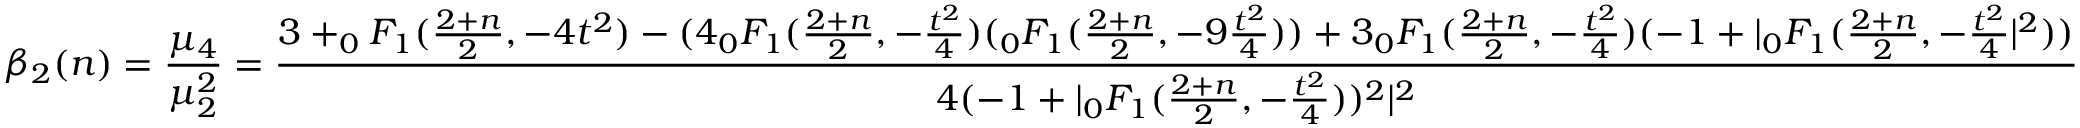
\beta _ { 2 } ( n ) = { \frac { \mu _ { 4 } } { \mu _ { 2 } ^ { 2 } } } = { \frac { 3 + _ { 0 } F _ { 1 } ( { \frac { 2 + n } { 2 } } , - 4 t ^ { 2 } ) - ( 4 _ { 0 } F _ { 1 } ( { \frac { 2 + n } { 2 } } , - { \frac { t ^ { 2 } } { 4 } } ) ( _ { 0 } F _ { 1 } ( { \frac { 2 + n } { 2 } } , - 9 { \frac { t ^ { 2 } } { 4 } } ) ) + 3 _ { 0 } F _ { 1 } ( { \frac { 2 + n } { 2 } } , - { \frac { t ^ { 2 } } { 4 } } ) ( - 1 + | _ { 0 } F _ { 1 } ( { \frac { 2 + n } { 2 } } , - { \frac { t ^ { 2 } } { 4 } } | ^ { 2 } ) ) } { 4 ( - 1 + | _ { 0 } F _ { 1 } ( { \frac { 2 + n } { 2 } } , - { \frac { t ^ { 2 } } { 4 } } ) ) ^ { 2 } | ^ { 2 } } }